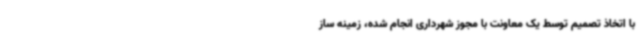
با اتخاذ تصمیم توسط یک معاونت با مجوز شهرداری انجام شده، زمینه ساز